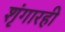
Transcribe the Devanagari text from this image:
शृंगारही